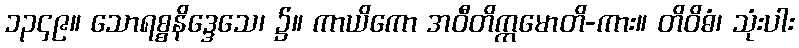
၁၃၄၉။ သောရစ္စနိဒ္ဒေသေ၊ ၌။ ကာယိကော အဝီတိက္ကမောတိ-ကား။ တိဝိဓံ၊ သုံးပါး